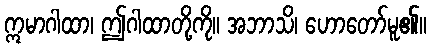
ဣမာဂါထာ၊ ဤဂါထာတို့ကို။ အဘာသိ၊ ဟောတော်မူ၏။